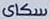
سكاى